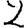
Digit: 2